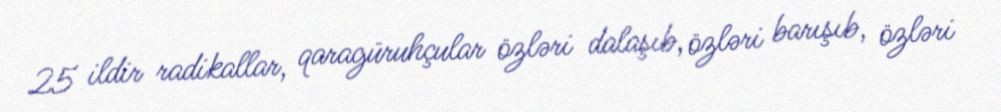
25 ildir radikallar, qaragüruhçular özləri dalaşıb, özləri barışıb, özləri